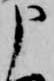
申